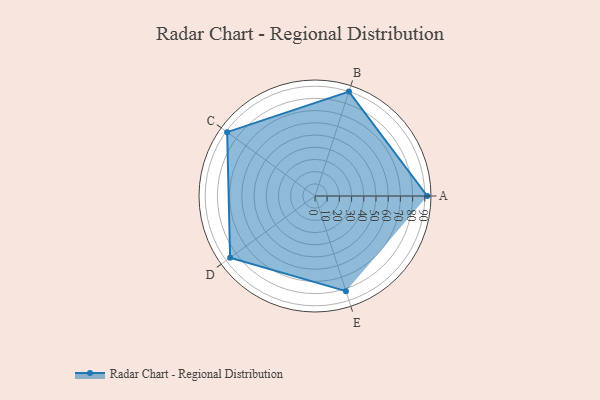
{"axis": {"x": "Skill", "y": "Score"}, "legend": ["Profile"], "data": [{"x": "A", "y": 92.0, "type": "Profile"}, {"x": "B", "y": 90.0, "type": "Profile"}, {"x": "C", "y": 89.0, "type": "Profile"}, {"x": "D", "y": 86.0, "type": "Profile"}, {"x": "E", "y": 82.0, "type": "Profile"}]}